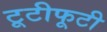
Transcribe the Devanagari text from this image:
टूटीफूटी